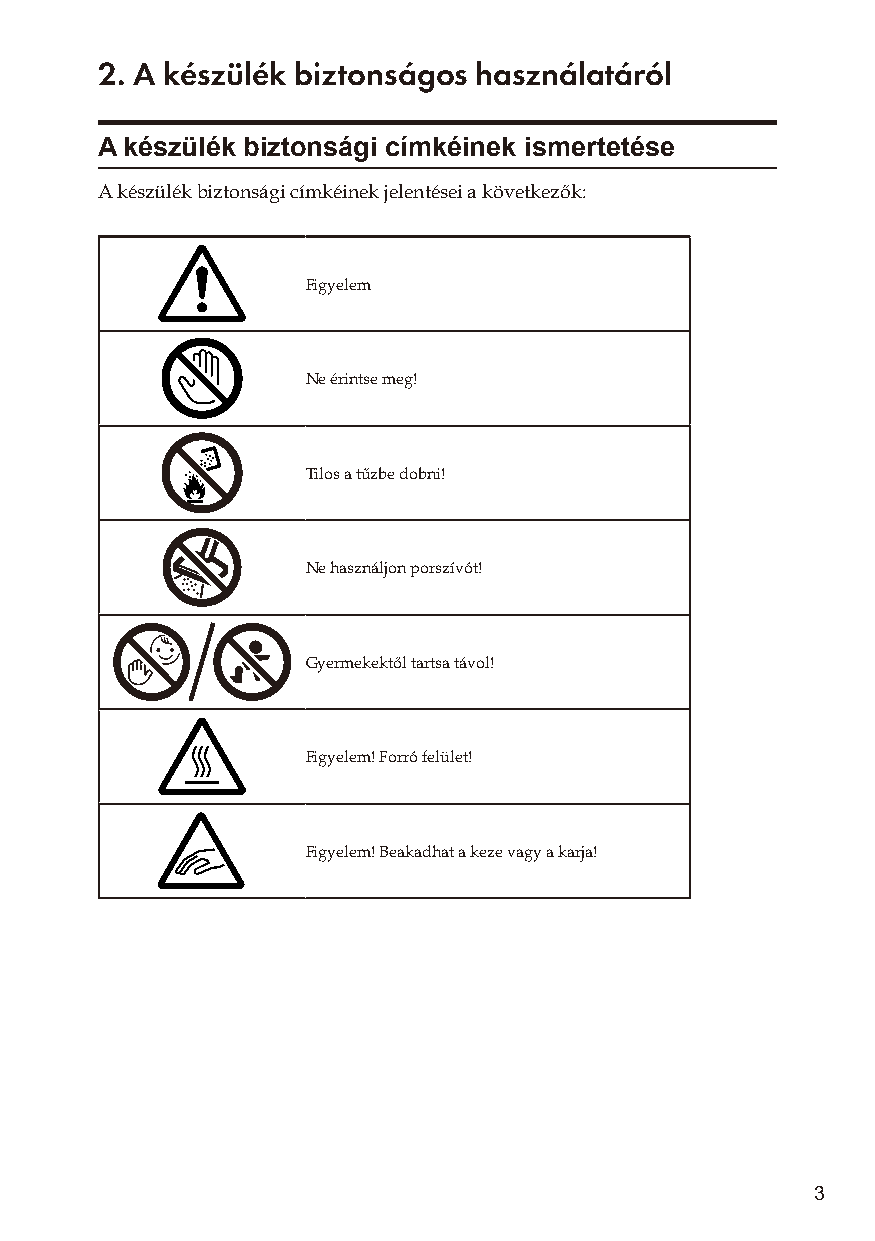
2. A készülék biztonságos használatáról
 A készülék biztonsági címkéinek ismertetése
 A készülék biztonsági címkéinek jelentései a következők:
 Figyelem
 Ne érintse meg!
 Tilos a tűzbe dobni!
 Ne használjon porszívót!
 Gyermekektől tartsa távol!
 Figyelem! Forró felület!
 Figyelem! Beakadhat a keze vagy a karja!
 3